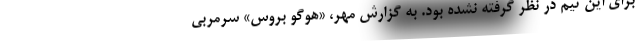
برای این تیم در نظر گرفته نشده بود. به گزارش مهر، «هوگو بروس» سرمربی